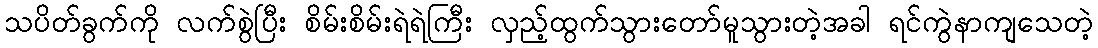
သပိတ်ခွက်ကို လက်စွဲပြီး စိမ်းစိမ်းရဲရဲကြီး လှည့်ထွက်သွားတော်မူသွားတဲ့အခါ ရင်ကွဲနာကျသေတဲ့